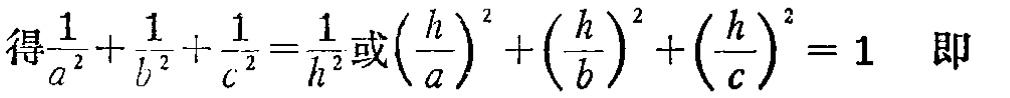
得$\frac{1}{a^{2}}+\frac{1}{b^{2}}+\frac{1}{c^{2}}=\frac{1}{h^{2}}或\left(\frac{h}{a}\right)^{2}+\left(\frac{h}{b}\right)^{2}+\left(\frac{h}{c}\right)^{2}=1$ 即